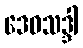
ဒေဝသဒ္ဒါ